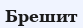
Брешит